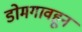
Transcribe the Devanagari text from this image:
डोमगावहून